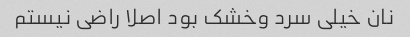
نان خیلی سرد وخشک بود اصلا راضی نیستم